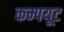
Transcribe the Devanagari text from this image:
कम्पयूट